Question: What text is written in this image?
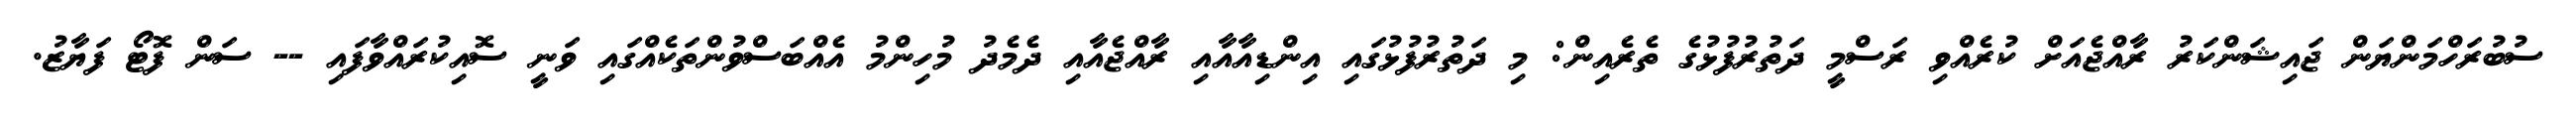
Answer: ސުބުރަހްމަންޔަން ޖައިޝަންކަރު ރާއްޖެއަށް ކުރެއްވި ރަސްމީ ދަތުރުފުޅުގެ ތެރެއިން: މި ދަތުރުފުޅުގައި އިންޑިއާއާއި ރާއްޖެއާއި ދެމެދު މުހިންމު އެއްބަސްވުންތަކެއްގައި ވަނީ ސޮއިކުރައްވާފައި -- ސަން ފޮޓޯ ފަޔާޒު.